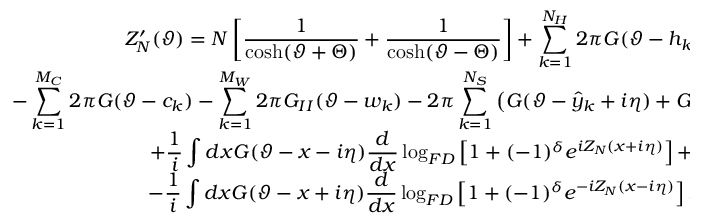
\begin{array} { c } { { \displaystyle Z _ { N } ^ { \prime } ( \vartheta ) = N \left[ \displaystyle \frac { 1 } { \cosh ( \vartheta + \Theta ) } + \displaystyle \frac { 1 } { \cosh ( \vartheta - \Theta ) } \right] + \displaystyle \sum _ { k = 1 } ^ { N _ { H } } 2 \pi G ( \vartheta - h _ { k } ) + } } \\ { { - \displaystyle \sum _ { k = 1 } ^ { M _ { C } } 2 \pi G ( \vartheta - c _ { k } ) - \displaystyle \sum _ { k = 1 } ^ { M _ { W } } 2 \pi G _ { I I } ( \vartheta - w _ { k } ) - 2 \pi \displaystyle \sum _ { k = 1 } ^ { N _ { S } } \left( G ( \vartheta - \hat { y } _ { k } + i \eta ) + G ( \vartheta - \hat { y } _ { k } - i \eta ) \right) } } \\ { { + \displaystyle \frac { 1 } { i } \displaystyle \int d x G ( \vartheta - x - i \eta ) \displaystyle \frac { d } { d x } \log _ { F D } \left[ 1 + ( - 1 ) ^ { \delta } e ^ { i Z _ { N } ( x + i \eta ) } \right] + } } \\ { { - \displaystyle \frac { 1 } { i } \displaystyle \int d x G ( \vartheta - x + i \eta ) \displaystyle \frac { d } { d x } \log _ { F D } \left[ 1 + ( - 1 ) ^ { \delta } e ^ { - i Z _ { N } ( x - i \eta ) } \right] . } } \end{array}